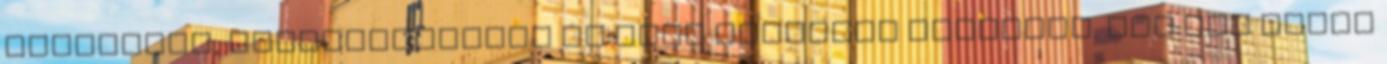
ruhadarab, nyúlbőrprémmel és igen gazdagon cifrázva. Aki nem tudja